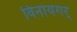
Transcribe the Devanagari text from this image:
विनायगर्